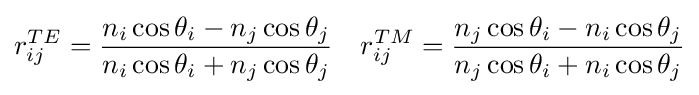
r_{ij}^{TE}={\frac {n_{i}\cos \theta _{i}-n_{j}\cos \theta _{j}}{n_{i}\cos \theta _{i}+n_{j}\cos \theta _{j}}}\quad r_{ij}^{TM}={\frac {n_{j}\cos \theta _{i}-n_{i}\cos \theta _{j}}{n_{j}\cos \theta _{i}+n_{i}\cos \theta _{j}}}